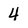
Character: 4